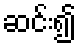
ဆင်း၍